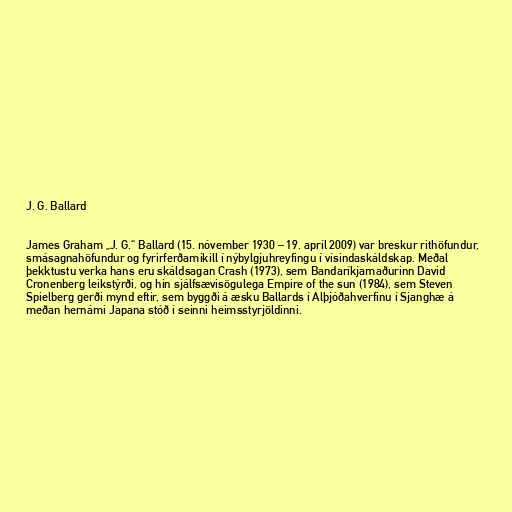
J. G. Ballard

James Graham „J. G.“ Ballard (15. nóvember 1930 – 19. apríl 2009) var breskur rithöfundur,
smásagnahöfundur og fyrirferðamikill í nýbylgjuhreyfingu í vísindaskáldskap. Meðal
þekktustu verka hans eru skáldsagan Crash (1973), sem Bandaríkjamaðurinn David
Cronenberg leikstýrði, og hin sjálfsævisögulega Empire of the sun (1984), sem Steven
Spielberg gerði mynd eftir, sem byggði á æsku Ballards í Alþjóðahverfinu í Sjanghæ á
meðan hernámi Japana stóð í seinni heimsstyrjöldinni.